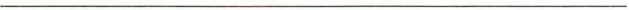
___